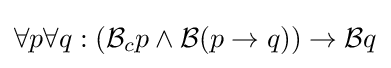
\forall p\forall q:({\mathcal {B}}_{c}p\wedge {\mathcal {B}}(p\to q))\to {\mathcal {B}}q